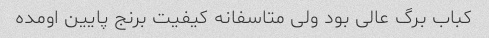
کباب برگ عالی بود ولی متاسفانه کیفیت برنج پایین اومده